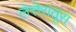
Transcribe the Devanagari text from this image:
लेत्तेरातूरा